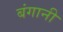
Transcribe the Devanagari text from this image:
बंगानी